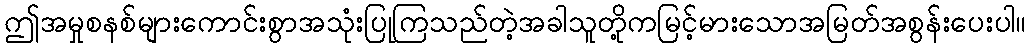
ဤအမှုစနစ်များကောင်းစွာအသုံးပြုကြသည်တဲ့အခါသူတို့ကမြင့်မားသောအမြတ်အစွန်းပေးပါ။